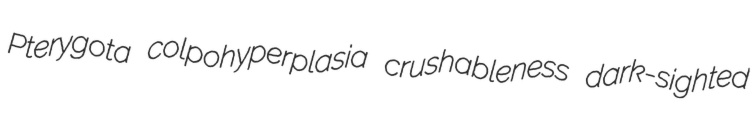
Pterygota colpohyperplasia crushableness dark-sighted